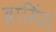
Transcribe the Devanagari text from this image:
ब्रामिंस